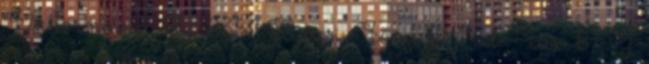
Önkormányzata 8352 Bazsi, Fő u. 91. Tel Fax: 87 J